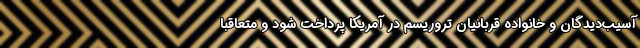
آسیب‌دیدگان و خانواده قربانیان تروریسم در آمریکا پرداخت شود و متعاقباً